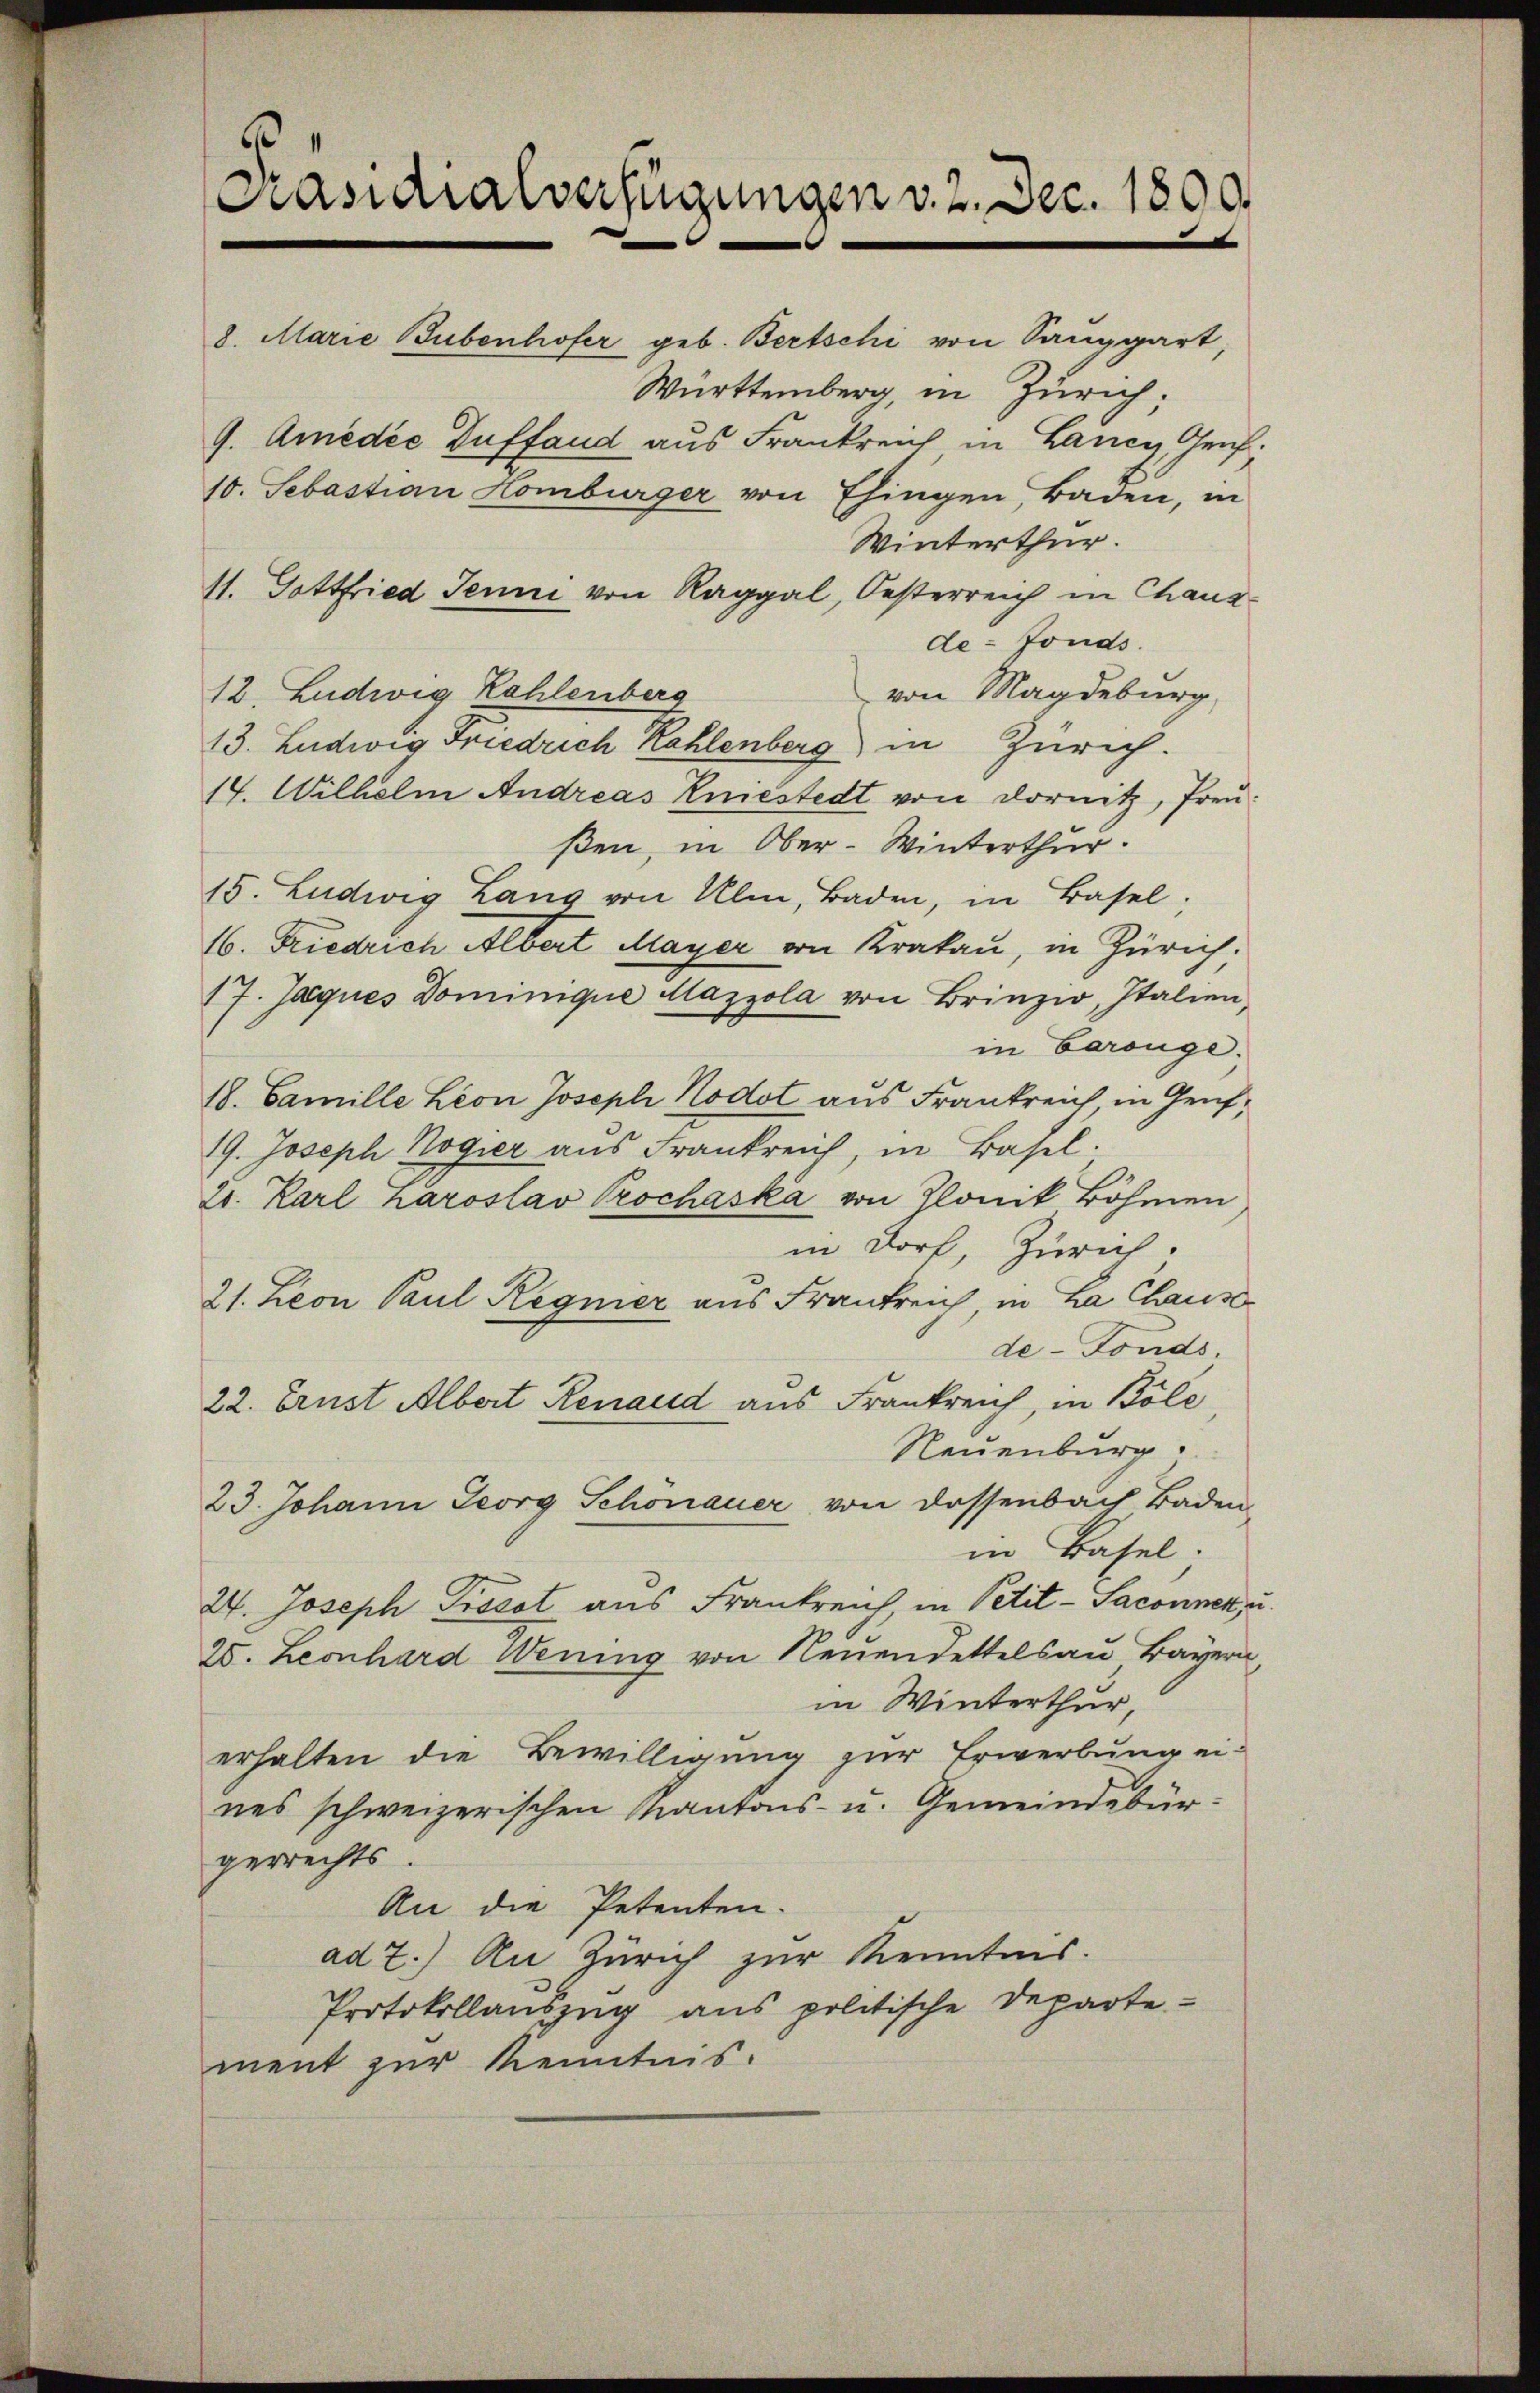
8. Marie Bubenhofer geb. Bertschi von Sauggart,
Württemberg, in Zürich;
9. Amedie Zuffand aus Frankreich in Lancy Graf.
10. Sebastian Homburger von Ehingen, Baden, in
Winterthur.
11. Gottfried Jenne von Raggal, Oesterreich in Chausde-Fonds
von Magdeburg,
12 Ludwig Zahlenberg
13. Ludwig Friedrich Kahlenberg in Zürich.
17. Wilhelm Andreas Kiestedt von Dornitz, Preußen, in Ober-Winterthur.
15. Ludwig Lang von Ulm, Baden, in Basel;
16. Friedrich Albert Mayer von Krakau, in Zürich.
17. Jaques Dominique Mazzola von Brinzio, Italien,
in Carouge.
18. Camille Leon Joseph Nodot aus Frankreich in Genf¬
19. Joseph Logier aus Frankreich in Basel.
2. Karl haroslav Prochaska von Glonik Böhmen
in Dorf, Zürich.
21. Leon Paul Regier aus Frankreich, in La Chause
de-Fonds,
22. Brust Albert Renaud aus Frankreich, in Böle,
Neuenburg
23. Johann Georg Schönauer von dessenbach Baden
in Basel.
24. Joseph Pissot aus Frankreich, in Petit-Saconnen, u.
25. Leonhard Wening von Neuendettels au Bayern,
in Winterthur,
erhalten die Bewilligung zur Erwerbung ei-
nes schweizerischen Kantons- u. Gemeindebürgerrechts.
An die Petenten.
ad 2.) An Zürich zur Kenntnis.
Protokollauszug aus politische Departe-
ment zur Kenntnis.

Präsidialverfügungen v. 2. Dec. 1800.